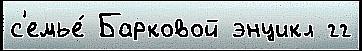
с'емье́ Барковой энцикл гг